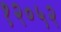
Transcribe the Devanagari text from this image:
१२०५२